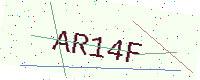
Text: AR14F